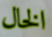
الخال